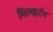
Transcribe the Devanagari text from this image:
मिल्व्हर्टन